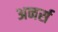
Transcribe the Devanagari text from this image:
अनर्स